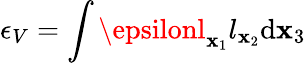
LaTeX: \epsilon_{V}=\int{\epsilonl_{\mathbf{x}_{1}}l_{\mathbf{x}_{2}}\mathrm{{d}}\mathbf{x}_{3}}